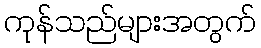
ကုန်သည်များအတွက်